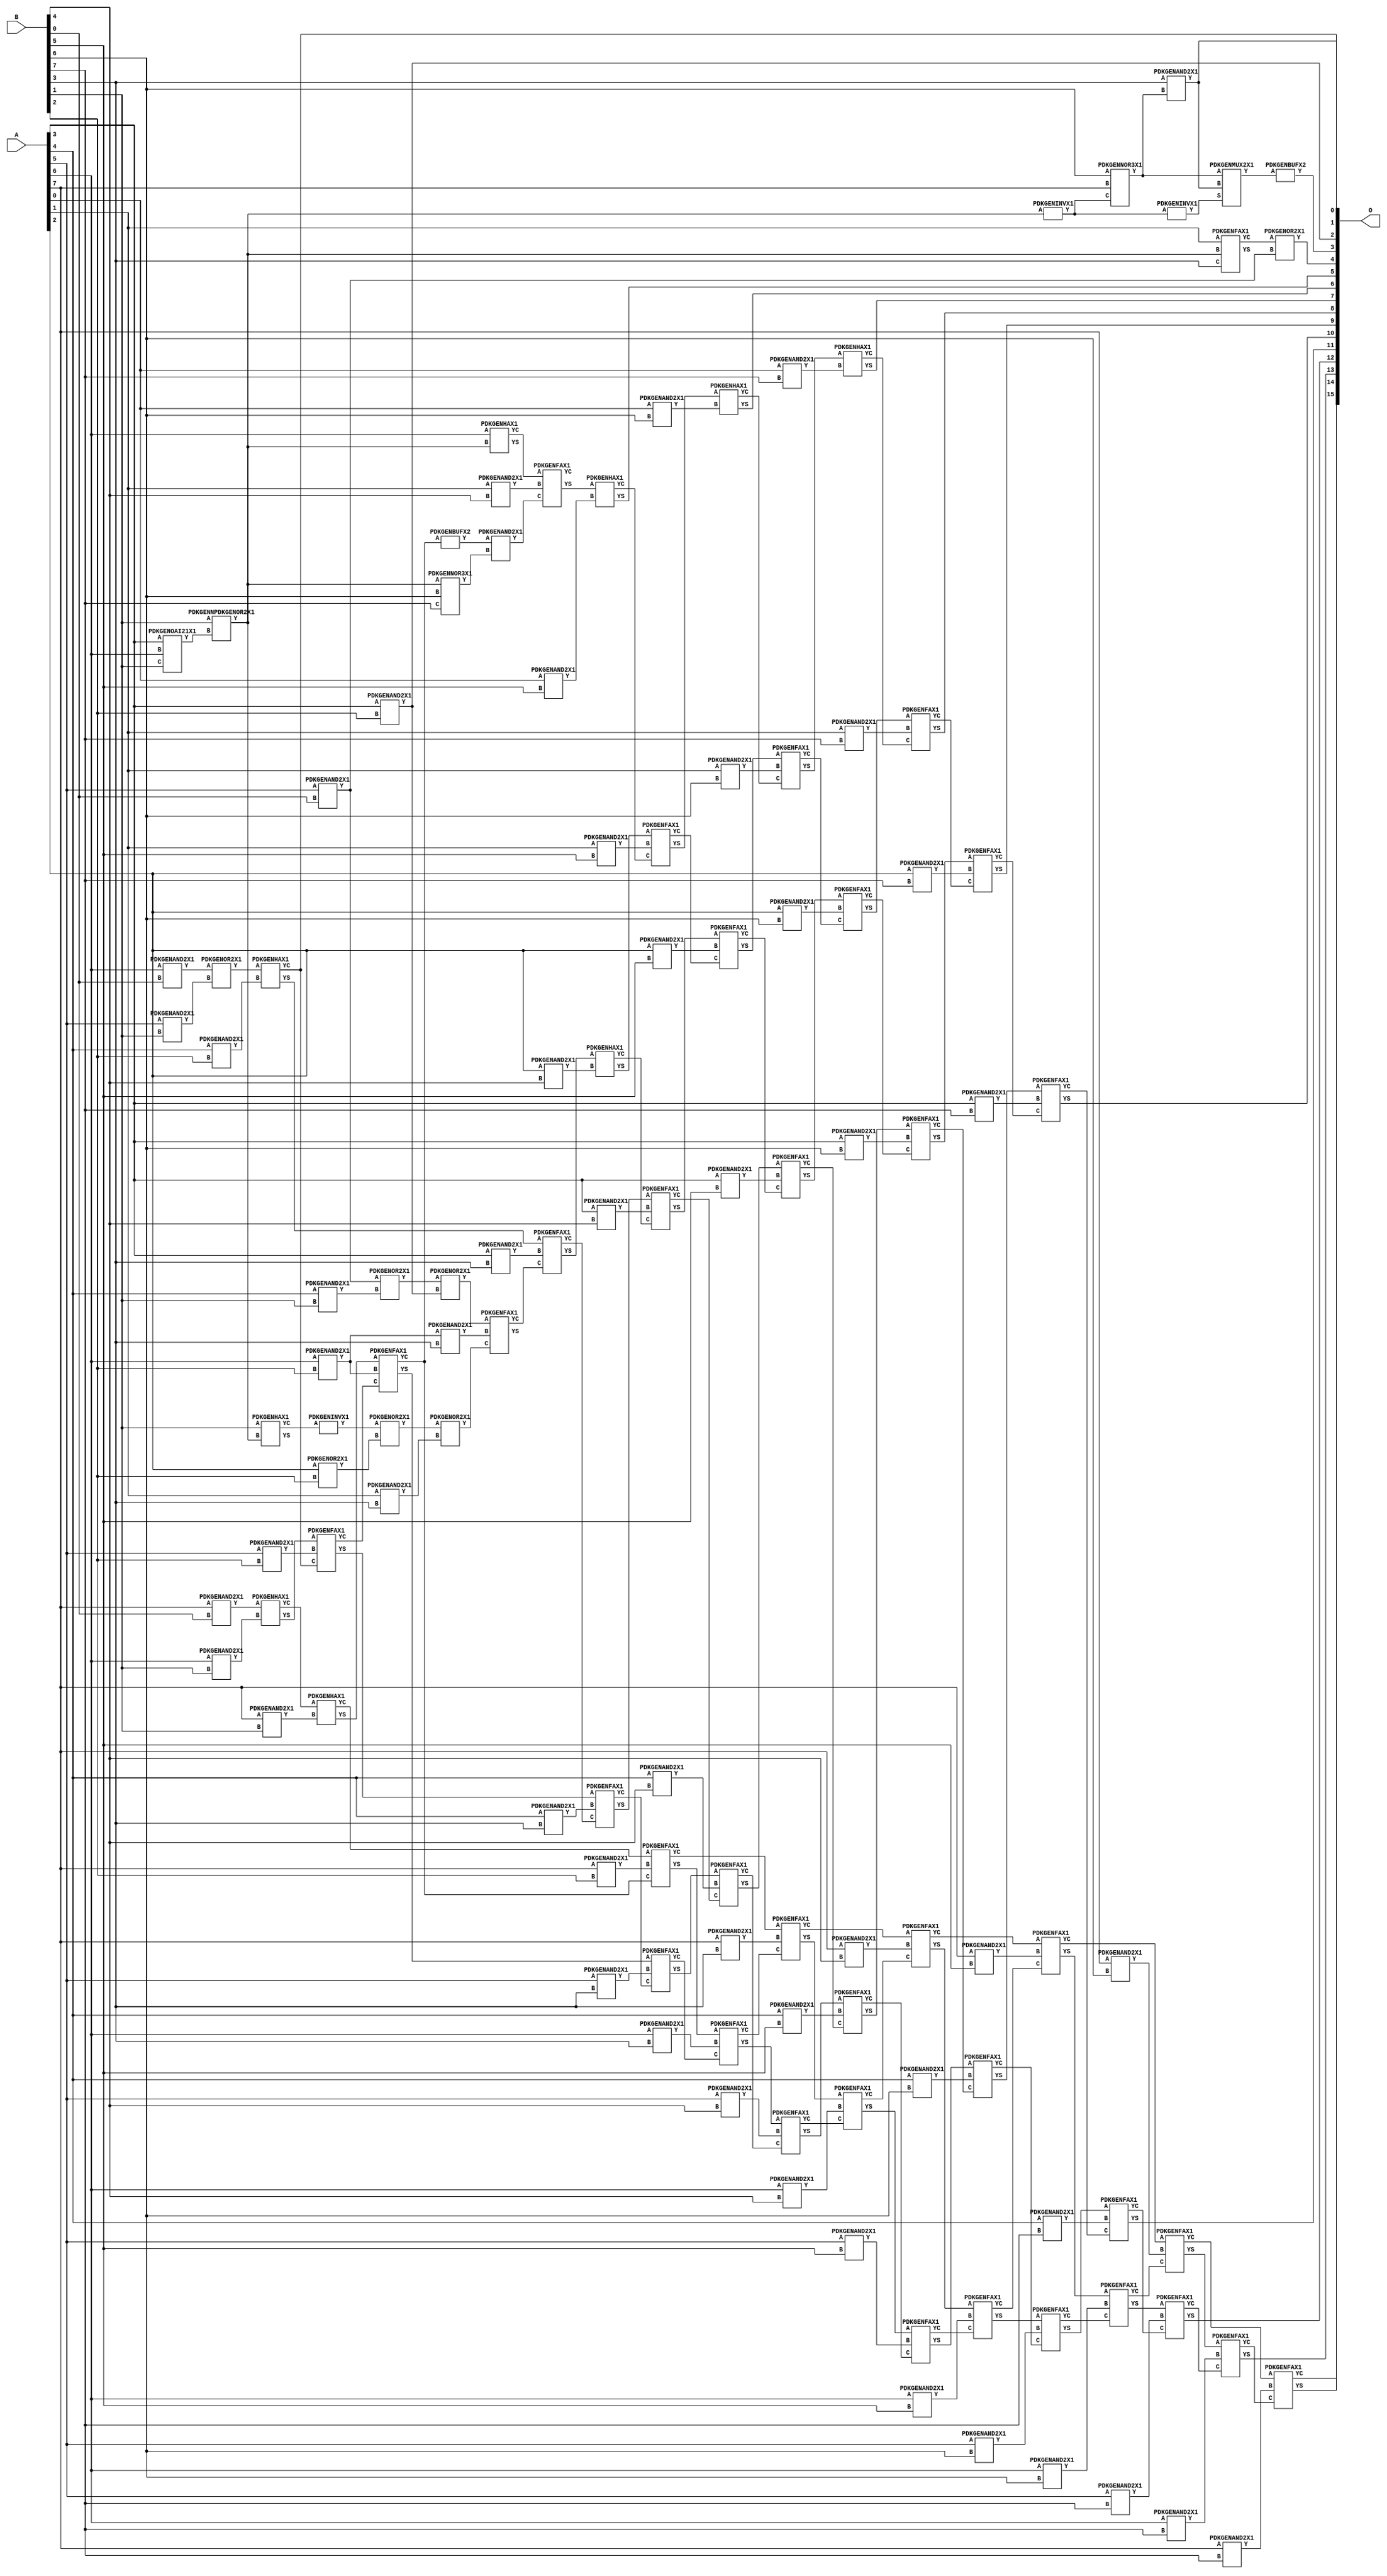
// Library = EvoApprox8b
// Circuit = mul8_228
// Area   (180) = 7367
// Delay  (180) = 4.340
// Power  (180) = 3625.10
// Area   (45) = 534
// Delay  (45) = 1.620
// Power  (45) = 316.60
// Nodes = 115
// HD = 216690
// MAE = 31.53259
// MSE = 1888.40625
// MRE = 1.24 %
// WCE = 268
// WCRE = 150 %
// EP = 91.3 %

module mul8_228(A, B, O);
  input [7:0] A;
  input [7:0] B;
  output [15:0] O;
  wire [2031:0] N;

  assign N[0] = A[0];
  assign N[1] = A[0];
  assign N[2] = A[1];
  assign N[3] = A[1];
  assign N[4] = A[2];
  assign N[5] = A[2];
  assign N[6] = A[3];
  assign N[7] = A[3];
  assign N[8] = A[4];
  assign N[9] = A[4];
  assign N[10] = A[5];
  assign N[11] = A[5];
  assign N[12] = A[6];
  assign N[13] = A[6];
  assign N[14] = A[7];
  assign N[15] = A[7];
  assign N[16] = B[0];
  assign N[17] = B[0];
  assign N[18] = B[1];
  assign N[19] = B[1];
  assign N[20] = B[2];
  assign N[21] = B[2];
  assign N[22] = B[3];
  assign N[23] = B[3];
  assign N[24] = B[4];
  assign N[25] = B[4];
  assign N[26] = B[5];
  assign N[27] = B[5];
  assign N[28] = B[6];
  assign N[29] = B[6];
  assign N[30] = B[7];
  assign N[31] = B[7];

  PDKGENOAI21X1 n34(.A(N[6]), .B(N[12]), .C(N[18]), .Y(N[34]));
  PDKGENNPDKGENOR2X1 n38(.A(N[18]), .B(N[34]), .Y(N[38]));
  assign N[39] = N[38];
  PDKGENFAX1 n40(.A(N[2]), .B(N[38]), .C(N[22]), .YS(N[40]), .YC(N[41]));
  PDKGENNOR3X1 n44(.A(N[38]), .B(N[28]), .C(N[30]), .Y(N[44]));
  PDKGENINVX1 n50(.A(N[39]), .Y(N[50]));
  assign N[51] = N[50];
  PDKGENNOR3X1 n64(.A(N[28]), .B(N[14]), .C(N[51]), .Y(N[64]));
  assign N[65] = N[64];
  PDKGENHAX1 n80(.A(N[18]), .B(N[39]), .YS(N[80]), .YC(N[81]));
  PDKGENAND2X1 n82(.A(N[6]), .B(N[20]), .Y(N[82]));
  assign N[83] = N[82];
  PDKGENINVX1 n106(.A(N[81]), .Y(N[106]));
  assign N[107] = N[106];
  PDKGENAND2X1 n114(.A(N[10]), .B(N[16]), .Y(N[114]));
  PDKGENAND2X1 n132(.A(N[12]), .B(N[16]), .Y(N[132]));
  PDKGENHAX1 n136(.A(N[12]), .B(N[38]), .YS(N[136]), .YC(N[137]));
  PDKGENAND2X1 n148(.A(N[14]), .B(N[16]), .Y(N[148]));
  PDKGENAND2X1 n182(.A(N[22]), .B(N[64]), .Y(N[182]));
  PDKGENINVX1 n210(.A(N[51]), .Y(N[210]));
  assign N[211] = N[210];
  PDKGENOR2X1 n220(.A(N[41]), .B(N[114]), .Y(N[220]));
  assign N[221] = N[220];
  PDKGENAND2X1 n232(.A(N[8]), .B(N[18]), .Y(N[232]));
  PDKGENAND2X1 n248(.A(N[10]), .B(N[18]), .Y(N[248]));
  PDKGENAND2X1 n264(.A(N[12]), .B(N[18]), .Y(N[264]));
  PDKGENAND2X1 n282(.A(N[14]), .B(N[18]), .Y(N[282]));
  PDKGENOR2X1 n364(.A(N[114]), .B(N[232]), .Y(N[364]));
  PDKGENOR2X1 n382(.A(N[132]), .B(N[248]), .Y(N[382]));
  PDKGENHAX1 n398(.A(N[148]), .B(N[264]), .YS(N[398]), .YC(N[399]));
  PDKGENHAX1 n414(.A(N[399]), .B(N[282]), .YS(N[414]), .YC(N[415]));
  PDKGENOR2X1 n464(.A(N[4]), .B(N[20]), .Y(N[464]));
  PDKGENAND2X1 n498(.A(N[8]), .B(N[20]), .Y(N[498]));
  PDKGENAND2X1 n514(.A(N[10]), .B(N[20]), .Y(N[514]));
  PDKGENAND2X1 n532(.A(N[12]), .B(N[20]), .Y(N[532]));
  assign N[533] = N[532];
  PDKGENAND2X1 n548(.A(N[14]), .B(N[20]), .Y(N[548]));
  PDKGENOR2X1 n598(.A(N[107]), .B(N[464]), .Y(N[598]));
  PDKGENMUX2X1 n600(.A(N[65]), .B(N[182]), .S(N[211]), .Y(N[600]));
  assign N[601] = N[600];
  PDKGENOR2X1 n614(.A(N[364]), .B(N[82]), .Y(N[614]));
  PDKGENHAX1 n632(.A(N[382]), .B(N[498]), .YS(N[632]), .YC(N[633]));
  PDKGENFAX1 n648(.A(N[398]), .B(N[514]), .C(N[633]), .YS(N[648]), .YC(N[649]));
  PDKGENFAX1 n664(.A(N[414]), .B(N[532]), .C(N[649]), .YS(N[664]), .YC(N[665]));
  PDKGENFAX1 n682(.A(N[415]), .B(N[548]), .C(N[665]), .YS(N[682]), .YC(N[683]));
  PDKGENAND2X1 n714(.A(N[2]), .B(N[22]), .Y(N[714]));
  PDKGENAND2X1 n732(.A(N[533]), .B(N[22]), .Y(N[732]));
  PDKGENAND2X1 n748(.A(N[6]), .B(N[22]), .Y(N[748]));
  PDKGENAND2X1 n764(.A(N[8]), .B(N[22]), .Y(N[764]));
  PDKGENAND2X1 n782(.A(N[10]), .B(N[22]), .Y(N[782]));
  PDKGENAND2X1 n798(.A(N[12]), .B(N[22]), .Y(N[798]));
  PDKGENAND2X1 n814(.A(N[14]), .B(N[22]), .Y(N[814]));
  PDKGENBUFX2 n832(.A(N[601]), .Y(N[832]));
  PDKGENOR2X1 n848(.A(N[598]), .B(N[714]), .Y(N[848]));
  assign N[849] = N[848];
  PDKGENFAX1 n864(.A(N[614]), .B(N[732]), .C(N[849]), .YS(N[864]), .YC(N[865]));
  PDKGENBUFX2 n880(.A(N[665]), .Y(N[880]));
  assign N[881] = N[880];
  PDKGENFAX1 n882(.A(N[632]), .B(N[748]), .C(N[865]), .YS(N[882]), .YC(N[883]));
  PDKGENFAX1 n898(.A(N[648]), .B(N[764]), .C(N[883]), .YS(N[898]), .YC(N[899]));
  PDKGENFAX1 n914(.A(N[664]), .B(N[782]), .C(N[899]), .YS(N[914]), .YC(N[915]));
  PDKGENFAX1 n932(.A(N[682]), .B(N[798]), .C(N[915]), .YS(N[932]), .YC(N[933]));
  PDKGENFAX1 n948(.A(N[683]), .B(N[814]), .C(N[933]), .YS(N[948]), .YC(N[949]));
  PDKGENAND2X1 n982(.A(N[2]), .B(N[24]), .Y(N[982]));
  PDKGENAND2X1 n998(.A(N[4]), .B(N[24]), .Y(N[998]));
  PDKGENAND2X1 n1014(.A(N[6]), .B(N[24]), .Y(N[1014]));
  PDKGENAND2X1 n1032(.A(N[8]), .B(N[24]), .Y(N[1032]));
  PDKGENAND2X1 n1048(.A(N[10]), .B(N[24]), .Y(N[1048]));
  PDKGENAND2X1 n1064(.A(N[12]), .B(N[24]), .Y(N[1064]));
  PDKGENAND2X1 n1082(.A(N[14]), .B(N[24]), .Y(N[1082]));
  PDKGENAND2X1 n1098(.A(N[881]), .B(N[44]), .Y(N[1098]));
  assign N[1099] = N[1098];
  PDKGENFAX1 n1114(.A(N[137]), .B(N[982]), .C(N[1099]), .YS(N[1114]), .YC(N[1115]));
  PDKGENHAX1 n1132(.A(N[882]), .B(N[998]), .YS(N[1132]), .YC(N[1133]));
  PDKGENFAX1 n1148(.A(N[898]), .B(N[1014]), .C(N[1133]), .YS(N[1148]), .YC(N[1149]));
  PDKGENFAX1 n1164(.A(N[914]), .B(N[1032]), .C(N[1149]), .YS(N[1164]), .YC(N[1165]));
  PDKGENFAX1 n1182(.A(N[932]), .B(N[1048]), .C(N[1165]), .YS(N[1182]), .YC(N[1183]));
  PDKGENFAX1 n1198(.A(N[948]), .B(N[1064]), .C(N[1183]), .YS(N[1198]), .YC(N[1199]));
  PDKGENFAX1 n1214(.A(N[949]), .B(N[1082]), .C(N[1199]), .YS(N[1214]), .YC(N[1215]));
  PDKGENAND2X1 n1232(.A(N[0]), .B(N[26]), .Y(N[1232]));
  PDKGENAND2X1 n1248(.A(N[2]), .B(N[26]), .Y(N[1248]));
  PDKGENAND2X1 n1264(.A(N[4]), .B(N[26]), .Y(N[1264]));
  PDKGENAND2X1 n1282(.A(N[6]), .B(N[26]), .Y(N[1282]));
  PDKGENAND2X1 n1298(.A(N[8]), .B(N[26]), .Y(N[1298]));
  PDKGENAND2X1 n1314(.A(N[10]), .B(N[26]), .Y(N[1314]));
  PDKGENAND2X1 n1332(.A(N[12]), .B(N[26]), .Y(N[1332]));
  PDKGENAND2X1 n1348(.A(N[14]), .B(N[26]), .Y(N[1348]));
  PDKGENHAX1 n1364(.A(N[1114]), .B(N[1232]), .YS(N[1364]), .YC(N[1365]));
  PDKGENFAX1 n1382(.A(N[1132]), .B(N[1248]), .C(N[1365]), .YS(N[1382]), .YC(N[1383]));
  PDKGENFAX1 n1398(.A(N[1148]), .B(N[1264]), .C(N[1383]), .YS(N[1398]), .YC(N[1399]));
  PDKGENFAX1 n1414(.A(N[1164]), .B(N[1282]), .C(N[1399]), .YS(N[1414]), .YC(N[1415]));
  PDKGENFAX1 n1432(.A(N[1182]), .B(N[1298]), .C(N[1415]), .YS(N[1432]), .YC(N[1433]));
  PDKGENFAX1 n1448(.A(N[1198]), .B(N[1314]), .C(N[1433]), .YS(N[1448]), .YC(N[1449]));
  PDKGENFAX1 n1464(.A(N[1214]), .B(N[1332]), .C(N[1449]), .YS(N[1464]), .YC(N[1465]));
  PDKGENFAX1 n1482(.A(N[1215]), .B(N[1348]), .C(N[1465]), .YS(N[1482]), .YC(N[1483]));
  PDKGENAND2X1 n1498(.A(N[0]), .B(N[28]), .Y(N[1498]));
  PDKGENAND2X1 n1514(.A(N[2]), .B(N[28]), .Y(N[1514]));
  PDKGENAND2X1 n1532(.A(N[4]), .B(N[28]), .Y(N[1532]));
  PDKGENAND2X1 n1548(.A(N[6]), .B(N[28]), .Y(N[1548]));
  PDKGENAND2X1 n1564(.A(N[8]), .B(N[28]), .Y(N[1564]));
  PDKGENAND2X1 n1582(.A(N[10]), .B(N[28]), .Y(N[1582]));
  PDKGENAND2X1 n1598(.A(N[12]), .B(N[28]), .Y(N[1598]));
  PDKGENAND2X1 n1614(.A(N[14]), .B(N[28]), .Y(N[1614]));
  PDKGENHAX1 n1632(.A(N[1382]), .B(N[1498]), .YS(N[1632]), .YC(N[1633]));
  PDKGENFAX1 n1648(.A(N[1398]), .B(N[1514]), .C(N[1633]), .YS(N[1648]), .YC(N[1649]));
  PDKGENFAX1 n1664(.A(N[1414]), .B(N[1532]), .C(N[1649]), .YS(N[1664]), .YC(N[1665]));
  PDKGENFAX1 n1682(.A(N[1432]), .B(N[1548]), .C(N[1665]), .YS(N[1682]), .YC(N[1683]));
  PDKGENFAX1 n1698(.A(N[1448]), .B(N[1564]), .C(N[1683]), .YS(N[1698]), .YC(N[1699]));
  PDKGENFAX1 n1714(.A(N[1464]), .B(N[1582]), .C(N[1699]), .YS(N[1714]), .YC(N[1715]));
  PDKGENFAX1 n1732(.A(N[1482]), .B(N[1598]), .C(N[1715]), .YS(N[1732]), .YC(N[1733]));
  PDKGENFAX1 n1748(.A(N[1483]), .B(N[1614]), .C(N[1733]), .YS(N[1748]), .YC(N[1749]));
  PDKGENAND2X1 n1764(.A(N[0]), .B(N[30]), .Y(N[1764]));
  PDKGENAND2X1 n1782(.A(N[2]), .B(N[30]), .Y(N[1782]));
  PDKGENAND2X1 n1798(.A(N[4]), .B(N[30]), .Y(N[1798]));
  PDKGENAND2X1 n1814(.A(N[6]), .B(N[30]), .Y(N[1814]));
  PDKGENAND2X1 n1832(.A(N[8]), .B(N[30]), .Y(N[1832]));
  PDKGENAND2X1 n1848(.A(N[10]), .B(N[30]), .Y(N[1848]));
  PDKGENAND2X1 n1864(.A(N[12]), .B(N[30]), .Y(N[1864]));
  PDKGENAND2X1 n1882(.A(N[14]), .B(N[30]), .Y(N[1882]));
  PDKGENHAX1 n1898(.A(N[1648]), .B(N[1764]), .YS(N[1898]), .YC(N[1899]));
  PDKGENFAX1 n1914(.A(N[1664]), .B(N[1782]), .C(N[1899]), .YS(N[1914]), .YC(N[1915]));
  PDKGENFAX1 n1932(.A(N[1682]), .B(N[1798]), .C(N[1915]), .YS(N[1932]), .YC(N[1933]));
  PDKGENFAX1 n1948(.A(N[1698]), .B(N[1814]), .C(N[1933]), .YS(N[1948]), .YC(N[1949]));
  PDKGENFAX1 n1964(.A(N[1714]), .B(N[1832]), .C(N[1949]), .YS(N[1964]), .YC(N[1965]));
  PDKGENFAX1 n1982(.A(N[1732]), .B(N[1848]), .C(N[1965]), .YS(N[1982]), .YC(N[1983]));
  PDKGENFAX1 n1998(.A(N[1748]), .B(N[1864]), .C(N[1983]), .YS(N[1998]), .YC(N[1999]));
  PDKGENFAX1 n2014(.A(N[1749]), .B(N[1882]), .C(N[1999]), .YS(N[2014]), .YC(N[2015]));

  assign O[0] = N[633];
  assign O[1] = N[182];
  assign O[2] = N[83];
  assign O[3] = N[832];
  assign O[4] = N[221];
  assign O[5] = N[1364];
  assign O[6] = N[1632];
  assign O[7] = N[1898];
  assign O[8] = N[1914];
  assign O[9] = N[1932];
  assign O[10] = N[1948];
  assign O[11] = N[1964];
  assign O[12] = N[1982];
  assign O[13] = N[1998];
  assign O[14] = N[2014];
  assign O[15] = N[2015];

endmodule
/* mod */
module PDKGENOAI21X1( input A, input B, input C, output Y );
    assign Y = ~((A | B) & C);
endmodule
/* mod */
module PDKGENMUX2X1( input A, input B, input S, output Y );
    assign Y = (A & ~S) | (B & S);
endmodule
/* mod */
module PDKGENAND2X1(input A, input B, output Y );
     assign Y = A & B;
endmodule
/* mod */
module PDKGENNOR3X1(input A, input B, input C, output Y );
     assign Y = ~((A | B) | C);
endmodule
/* mod */
module PDKGENHAX1( input A, input B, output YS, output YC );
    assign YS = A ^ B;
    assign YC = A & B;
endmodule
/* mod */
module PDKGENINVX1(input A, output Y );
     assign Y = ~A;
endmodule
/* mod */
module PDKGENNPDKGENOR2X1(input A, input B, output Y );
     assign Y = ~(A | B);
endmodule
/* mod */
module PDKGENFAX1( input A, input B, input C, output YS, output YC );
    assign YS = (A ^ B) ^ C;
    assign YC = (A & B) | (B & C) | (A & C);
endmodule
/* mod */
module PDKGENBUFX2(input A, output Y );
     assign Y = A;
endmodule
/* mod */
module PDKGENOR2X1(input A, input B, output Y );
     assign Y = A | B;
endmodule